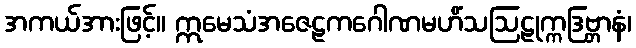
အကယ်အားဖြင့်။ ဣမေသံအဇေဠကဂေါဏမဟိံသဩဠုက္ကဒြဗ္ဘာနံ၊